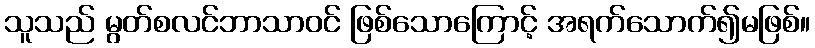
သူသည် မွတ်စလင်ဘာသာဝင် ဖြစ်သောကြောင့် အရက်သောက်၍မဖြစ်။